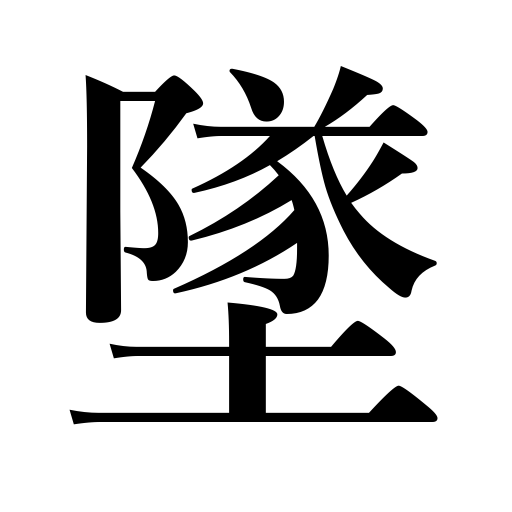
Meanings: fall